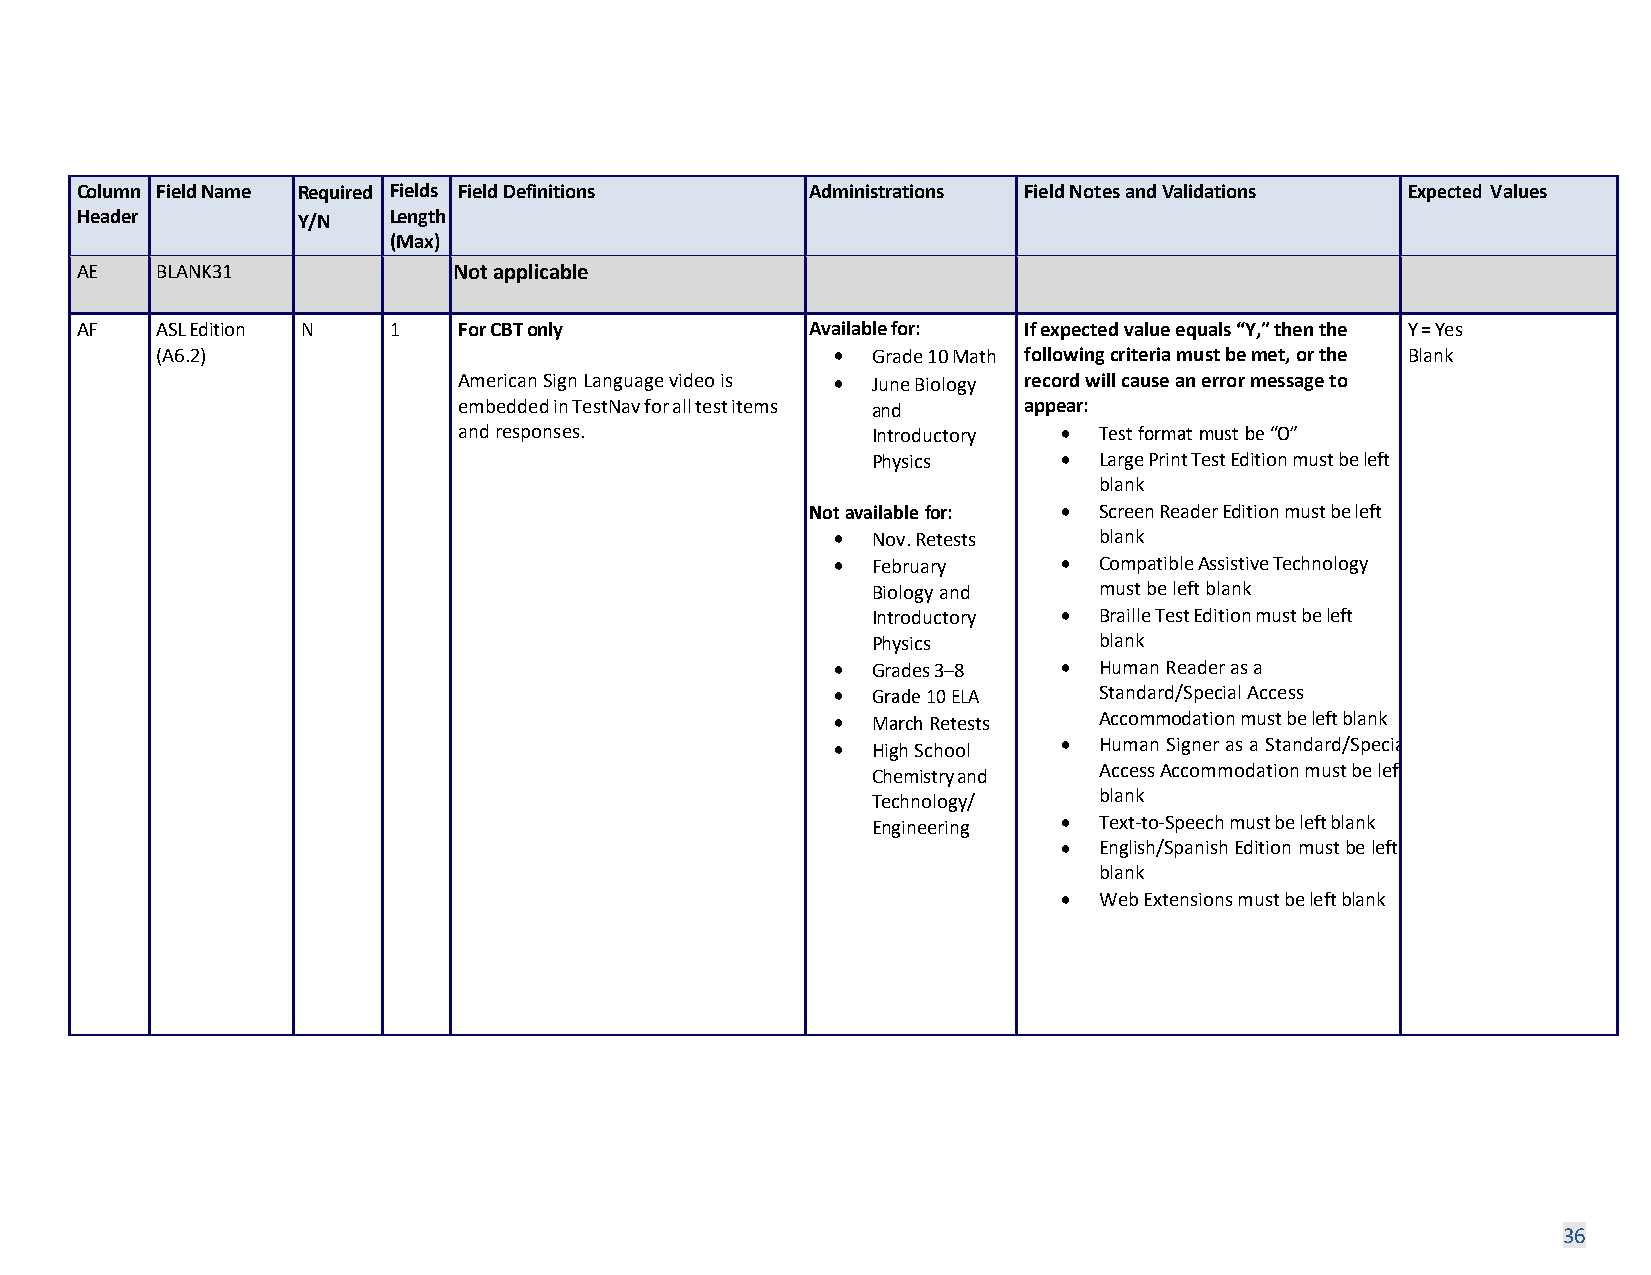
Column Field Name Required Fields Field Definitions Administrations Field Notes and Validations Expected Values
 Header         Y/N   Length
 (Max)
 AE   BLANK31             Not applicable
 AF   ASL Edition N   1   For CBT only            Available for: If expected value equals “Y,” then the Y = Yes
 (A6.2)                                       •  Grade 10 Math following criteria must be met, or the Blank
 American Sign Language video is • June Biology record will cause an error message to
 embedded in TestNav for all test items and appear:
 and responses.              Introductory • Test format must be “O”
 Physics     •  Large Print Test Edition must be left
 blank
 Not available for: • Screen Reader Edition must be left
 •  Nov. Retests   blank
 •  February    •  Compatible Assistive Technology
 Biology and    must be left blank
 Introductory • Braille Test Edition must be left
 Physics        blank
 •  Grades 3–8  •  Human Reader as a
 •  Grade 10 ELA   Standard/Special Access
 •  March Retests  Accommodation must be left blank
 •  High School •  Human Signer as a Standard/Specia
 Chemistry and  Access Accommodation must be left
 Technology/    blank
 Engineering •  Text-to-Speech must be left blank
 •  English/Spanish Edition must be left
 blank
 •  Web Extensions must be left blank
 36